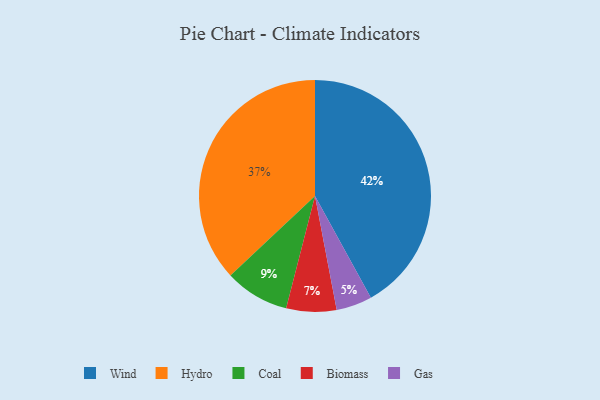
{"axis": {"x": "Category", "y": "Percentage"}, "legend": ["Biomass", "Coal", "Gas", "Hydro", "Wind"], "data": [{"x": "Wind", "y": 42, "type": "Wind"}, {"x": "Gas", "y": 5, "type": "Gas"}, {"x": "Hydro", "y": 37, "type": "Hydro"}, {"x": "Biomass", "y": 7, "type": "Biomass"}, {"x": "Coal", "y": 9, "type": "Coal"}]}